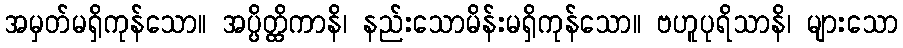
အမှတ်မရှိကုန်သော။ အပ္ပိတ္ထိကာနိ၊ နည်းသောမိန်းမရှိကုန်သော။ ဗဟူပုရိသာနိ၊ များသော